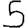
Digit: 5